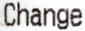
CHANGE